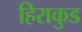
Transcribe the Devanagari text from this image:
हिराकुड